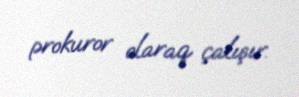
prokuror olaraq çalışır.